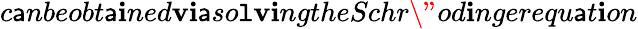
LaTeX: c\mathsf{a}nbeobt\mathsf{a}\mathbf{i}ned\mathbf{v}\mathbf{i}\mathsf{a}so\mathtt{l}\mathbf{v}\mathbf{i}ngtheSchr\"{{o}}d\mathbf{i}ngerequ\mathsf{a}t\mathbf{i}on